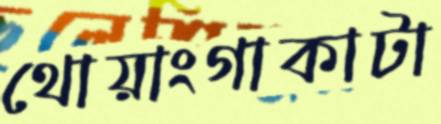
থোয়াংগাকাটা